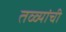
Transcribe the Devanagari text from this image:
तळ्यांची